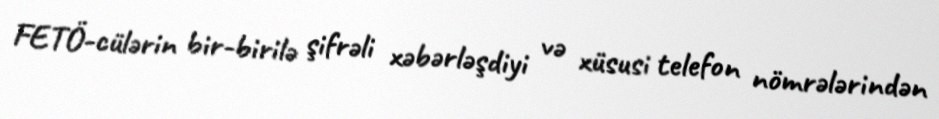
FETÖ-cülərin bir-birilə şifrəli xəbərləşdiyi və xüsusi telefon nömrələrindən